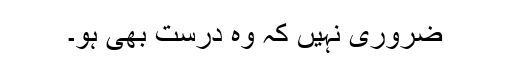
ضروری نہیں کہ وہ درست بھی ہو۔